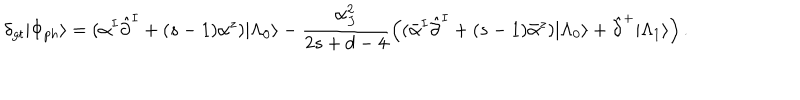
\delta _ { g t } | \Phi _ { p h } \rangle = ( \alpha ^ { I } \hat { \partial } ^ { I } + ( s - 1 ) \alpha ^ { z } ) | \Lambda _ { 0 } \rangle - \frac { \alpha _ { J } ^ { 2 } } { 2 s + d - 4 } \Bigl ( ( \bar { \alpha } ^ { I } \hat { \partial } ^ { I } + ( s - 1 ) \bar { \alpha } ^ { z } ) | \Lambda _ { 0 } \rangle + \hat { \partial } ^ { + } | \Lambda _ { 1 } \rangle \Bigr ) \, .